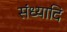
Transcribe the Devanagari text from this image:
संध्यादि